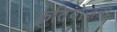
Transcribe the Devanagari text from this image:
क़ृतियोजना